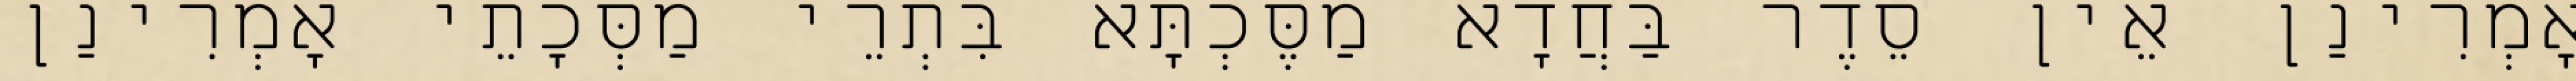
אָמְרִינַן אֵין סֵדֶר בַּחֲדָא מַסֶּכְתָּא בִּתְרֵי מַסְּכָתֵי אָמְרִינַן